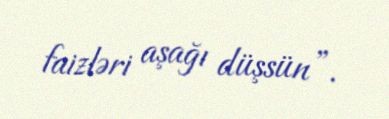
faizləri aşağı düşsün”.